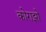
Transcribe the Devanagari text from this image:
कोराझो